Medical and sanitary report of the native army of Bengal for the year
Year: 1878
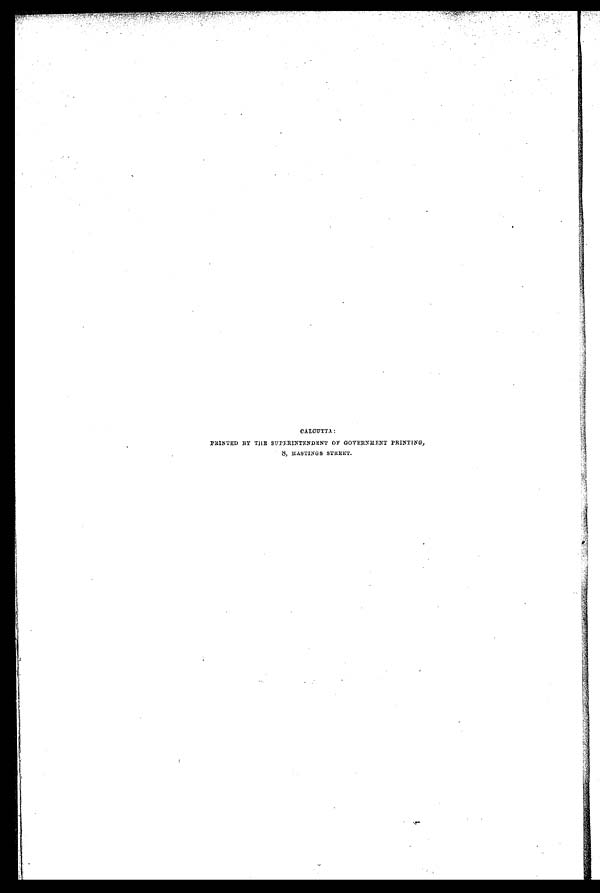
CALCUTTA:
PRINTED BY THE SUPERINTENDENT OF GOVERNMENT PRINTING,
8, HASTINGS STREET.